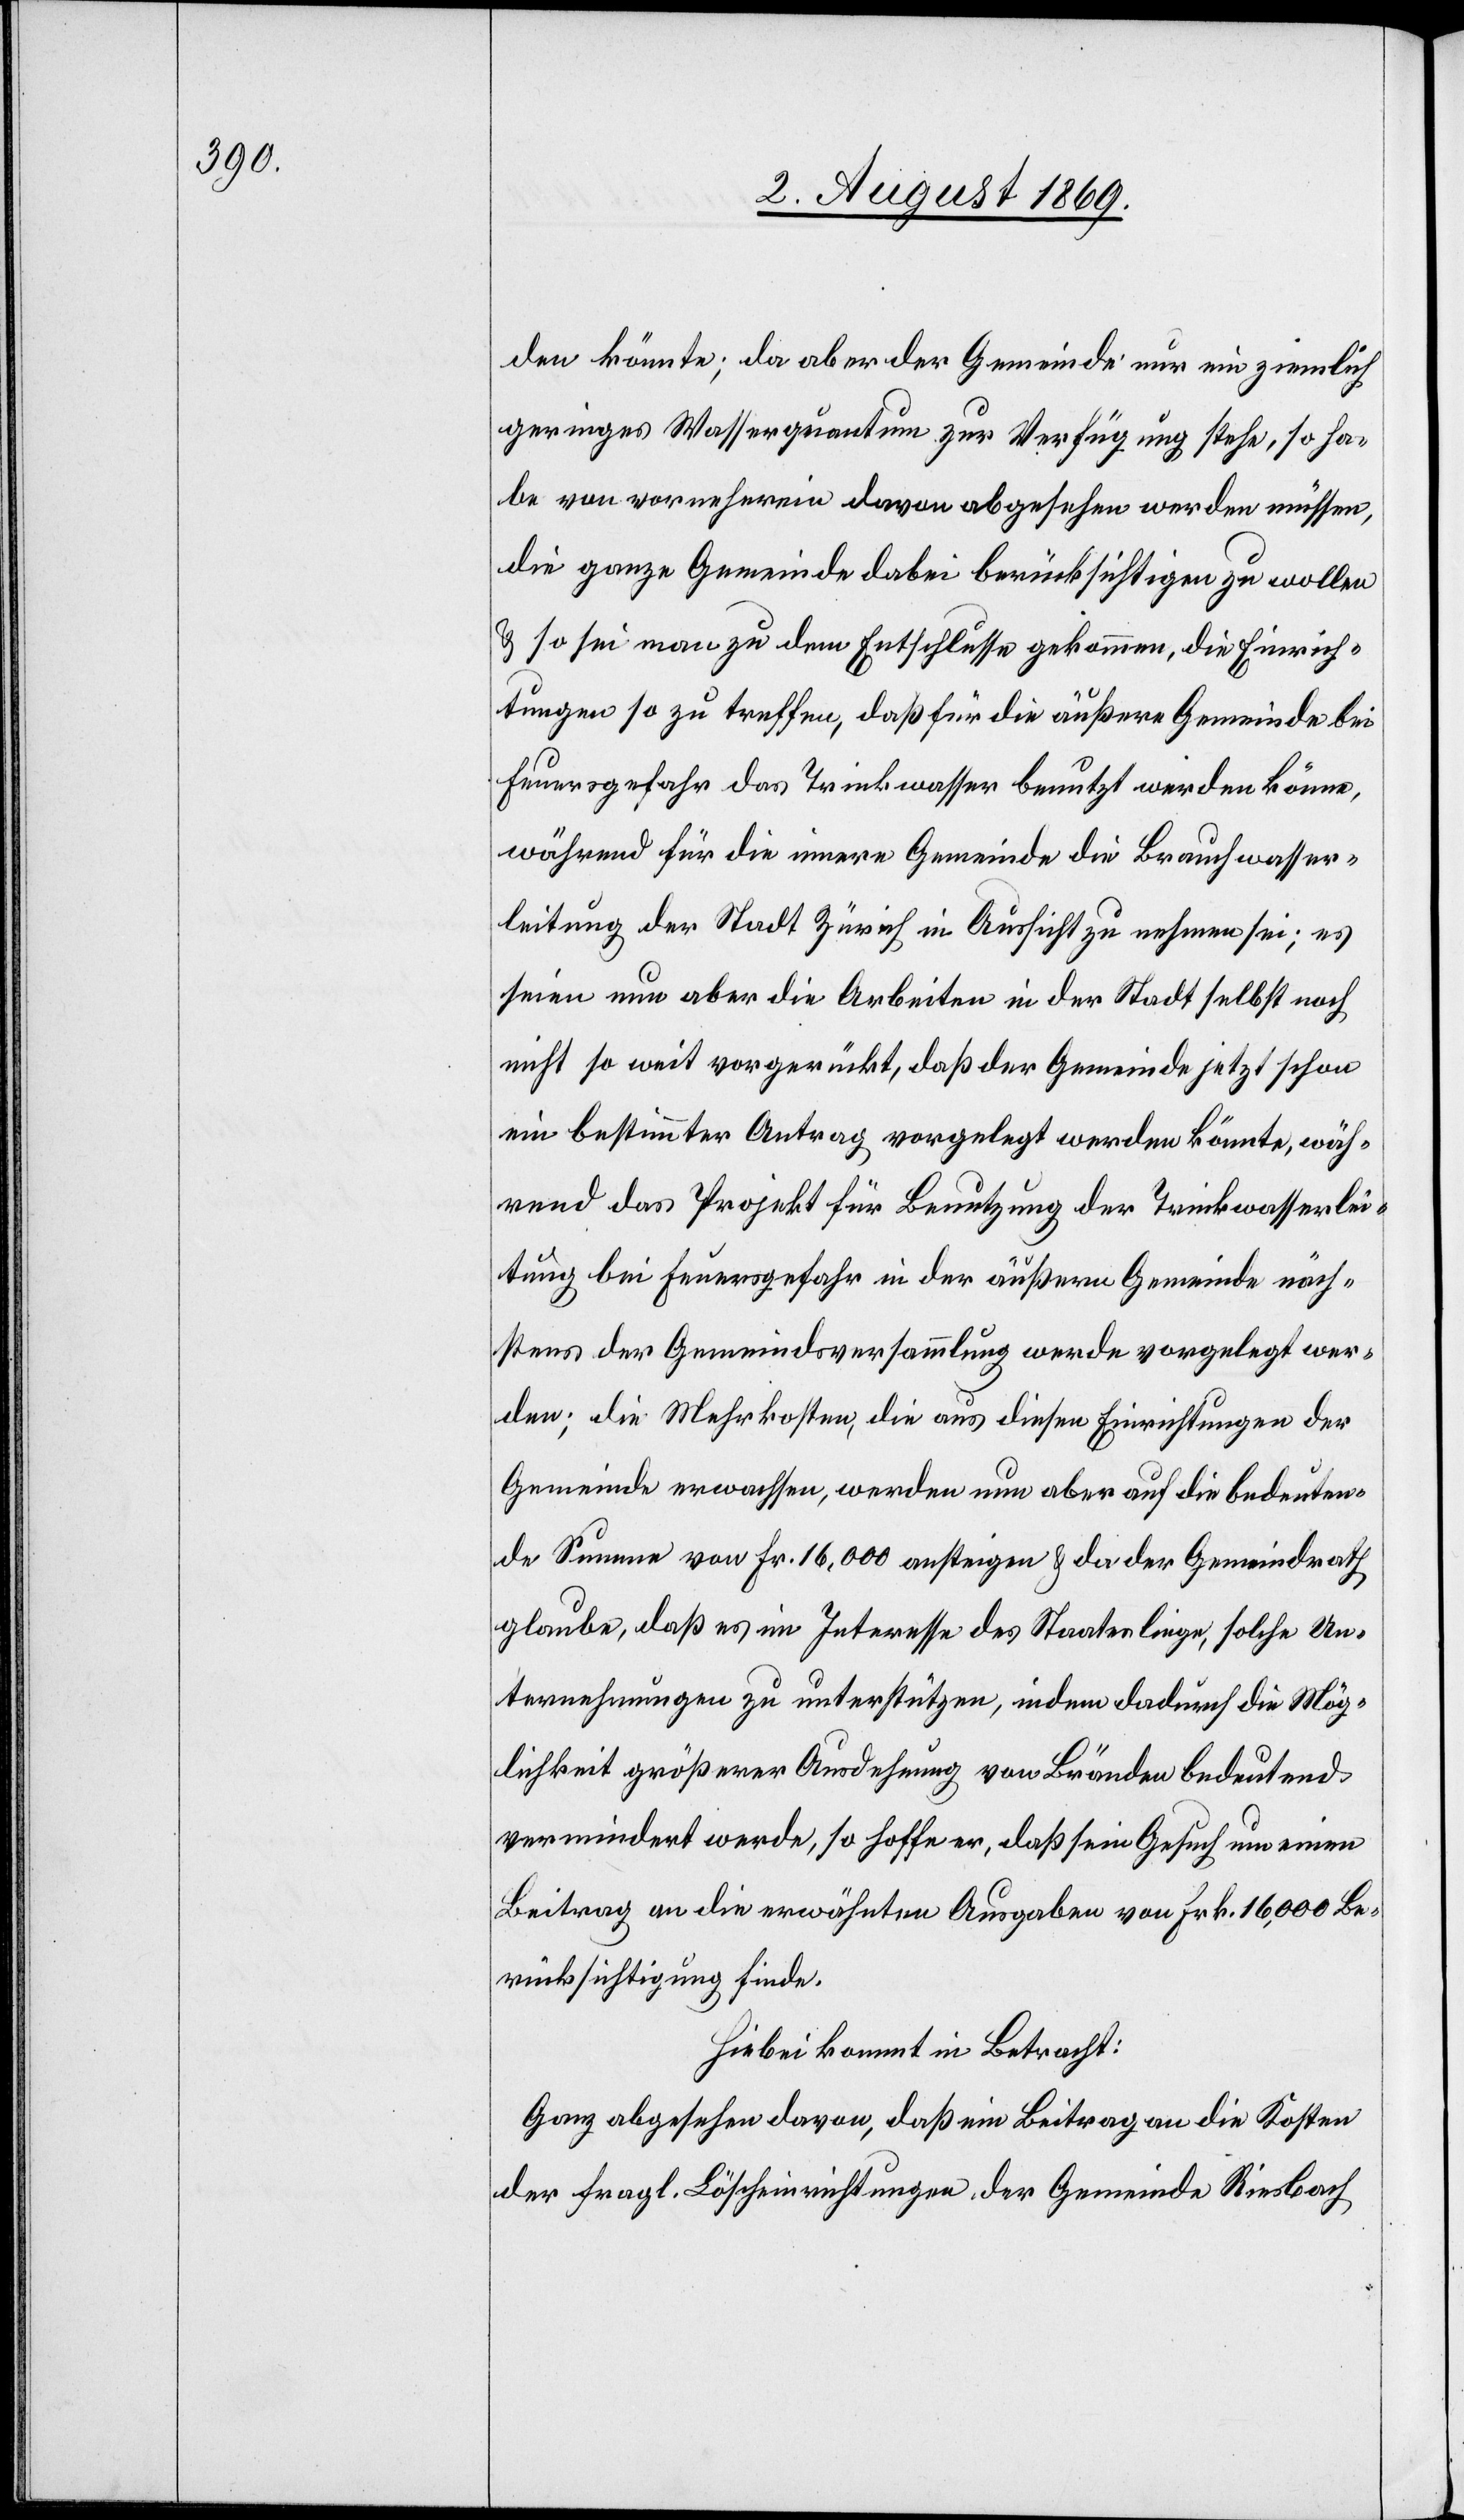
den könnte; da aber der Gemeinde nur ein ziemlich
geringes Wasserquantum zur Verfügung stehe, so ha¬
be von vornherein davon abgesehen werden müssen,
die ganze Gemeinde dabei berücksichtigen zu wollen
& so sei man zu dem Entschlusse gekommen, die Einrich¬
tungen so zu treffen, daß für die äußere Gemeinde bei
Feuersgefahr das Trinkwasser benutzt werden könne,
während für die innere Gemeinde die Brauchwasser¬
leitung der Stadt Zürich in Aussicht zu nehmen sei; es
seien nun aber die Arbeiten in der Stadt selbst noch
nicht so weit vorgerückt, daß der Gemeinde jetzt schon
ein bestimmter Antrag vorgelegt werden könnte, wäh¬
rend das Projekt für Benutzung der Trinkwasserlei¬
tung bei Feuersgefahr in der äußern Gemeinde näch¬
stens der Gemeindsversammlung werde vorgelegt wer¬
den; die Mehrkosten, die aus diesen Einrichtungen der
Gemeinde erwachsen, werden nun aber auf die bedeuten¬
de Summe von Fr. 16,000 ansteigen & da der Gemeindrath
glaube, daß es im Interesse des Staates liege, solche Un¬
ternehmungen zu unterstützen, indem dadurch die Mög¬
lichkeit größerer Ausdehnung von Bränden bedeutend
vermindert werde, so hoffe er, daß sein Gesuch um einen
Beitrag an die erwähnten Ausgaben von Frk. 16,000 Be¬
rücksichtigung finde.
Hiebei kommt in Betracht:
Ganz abgesehen davon, daß ein Beitrag an die Kosten
der fragl. Löscheinrichtungen der Gemeinde Riesbach